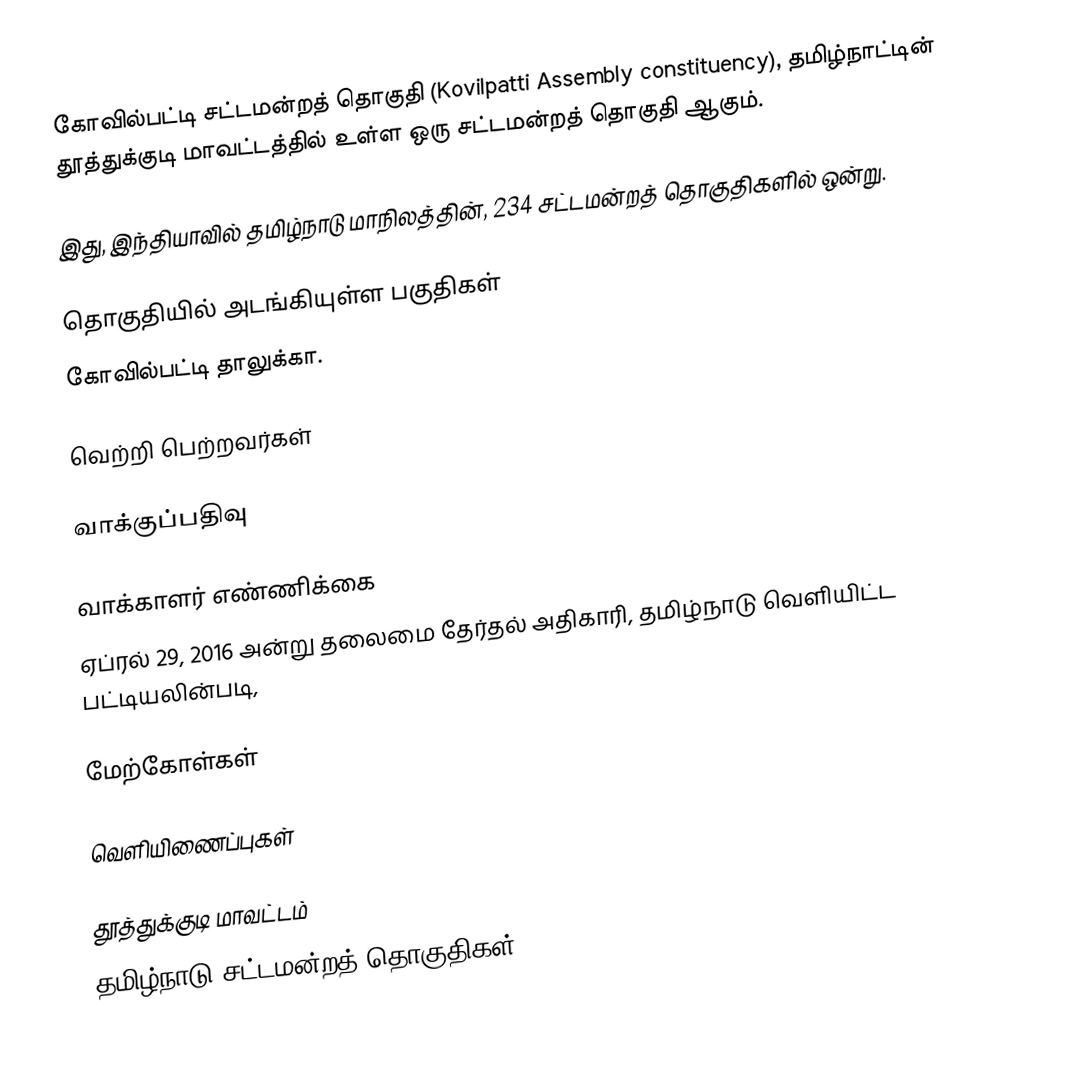
கோவில்பட்டி சட்டமன்றத் தொகுதி (Kovilpatti Assembly constituency), தமிழ்நாட்டின் தூத்துக்குடி மாவட்டத்தில் உள்ள ஒரு சட்டமன்றத் தொகுதி ஆகும்.

இது, இந்தியாவில் தமிழ்நாடு மாநிலத்தின், 234 சட்டமன்றத் தொகுதிகளில் ஒன்று.

தொகுதியில் அடங்கியுள்ள பகுதிகள்
கோவில்பட்டி தாலுக்கா.

வெற்றி பெற்றவர்கள்

வாக்குப்பதிவு

வாக்காளர் எண்ணிக்கை
ஏப்ரல் 29, 2016 அன்று தலைமை தேர்தல் அதிகாரி, தமிழ்நாடு வெளியிட்ட பட்டியலின்படி,

மேற்கோள்கள்

வெளியிணைப்புகள்

தூத்துக்குடி மாவட்டம்
தமிழ்நாடு சட்டமன்றத் தொகுதிகள்